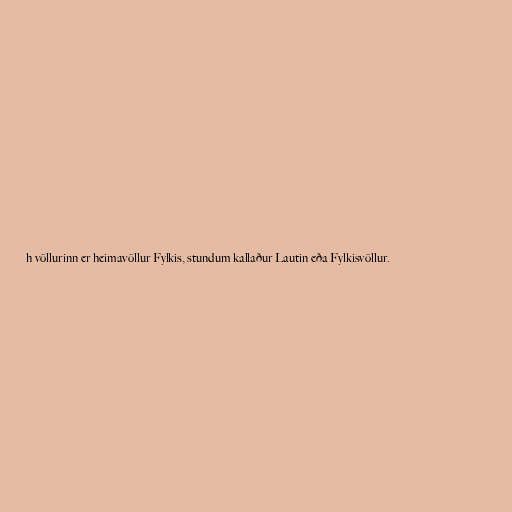
h völlurinn er heimavöllur Fylkis, stundum kallaður Lautin eða Fylkisvöllur.